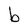
Character: b